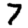
Digit: 7